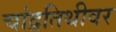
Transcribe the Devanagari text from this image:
चांद्रतिथीवर